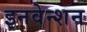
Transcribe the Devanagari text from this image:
इनवेन्शन